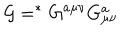
{ \cal G } = ^ { \ast } G ^ { a \mu \nu } G _ { \mu \nu } ^ { a }